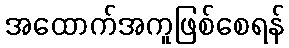
အထောက်အကူဖြစ်စေရန်